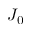
J _ { 0 }